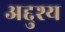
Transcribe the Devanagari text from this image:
अद्दुश्य